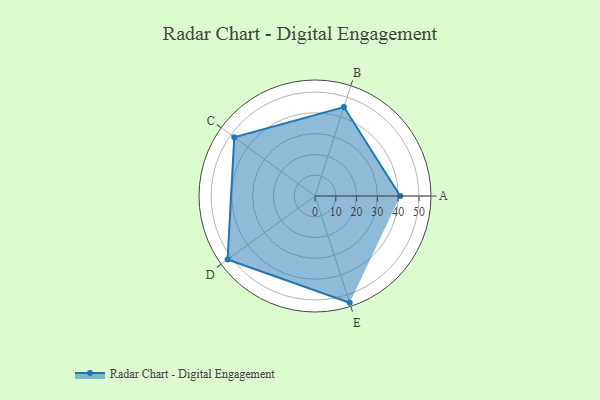
{"axis": {"x": "Skill", "y": "Score"}, "legend": ["Profile"], "data": [{"x": "A", "y": 41.0, "type": "Profile"}, {"x": "B", "y": 45.0, "type": "Profile"}, {"x": "C", "y": 48.0, "type": "Profile"}, {"x": "D", "y": 52.0, "type": "Profile"}, {"x": "E", "y": 54.0, "type": "Profile"}]}